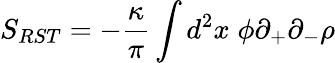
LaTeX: S_{RST}=-\frac{\kappa}{\pi}\int d^{2}x\; \phi\partial_{+}\partial_{-}\rho